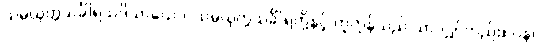
သမ္ပယုတ္တသင်္ခါရသဒိသာယေဝ၊ သမ္ပယုတ္တသင်္ခါရတို့နှင့် တူကုန်သည် သာလျှင်တည်း။ ပန၊